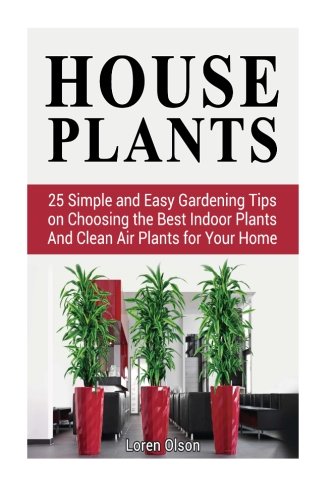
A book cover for House Plants: 25 Simple and Easy Gardening Tips on Choosing the Best Indoor Plants And Clean Air Plants for Your Home (house plants, gardening tips, organic gardening); Loren Olson; Crafts, Hobbies & Home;